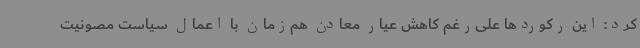
کرد: این رکوردها علی‌رغم کاهش عیار معادن هم‌زمان با اعمال سیاست مصونیت